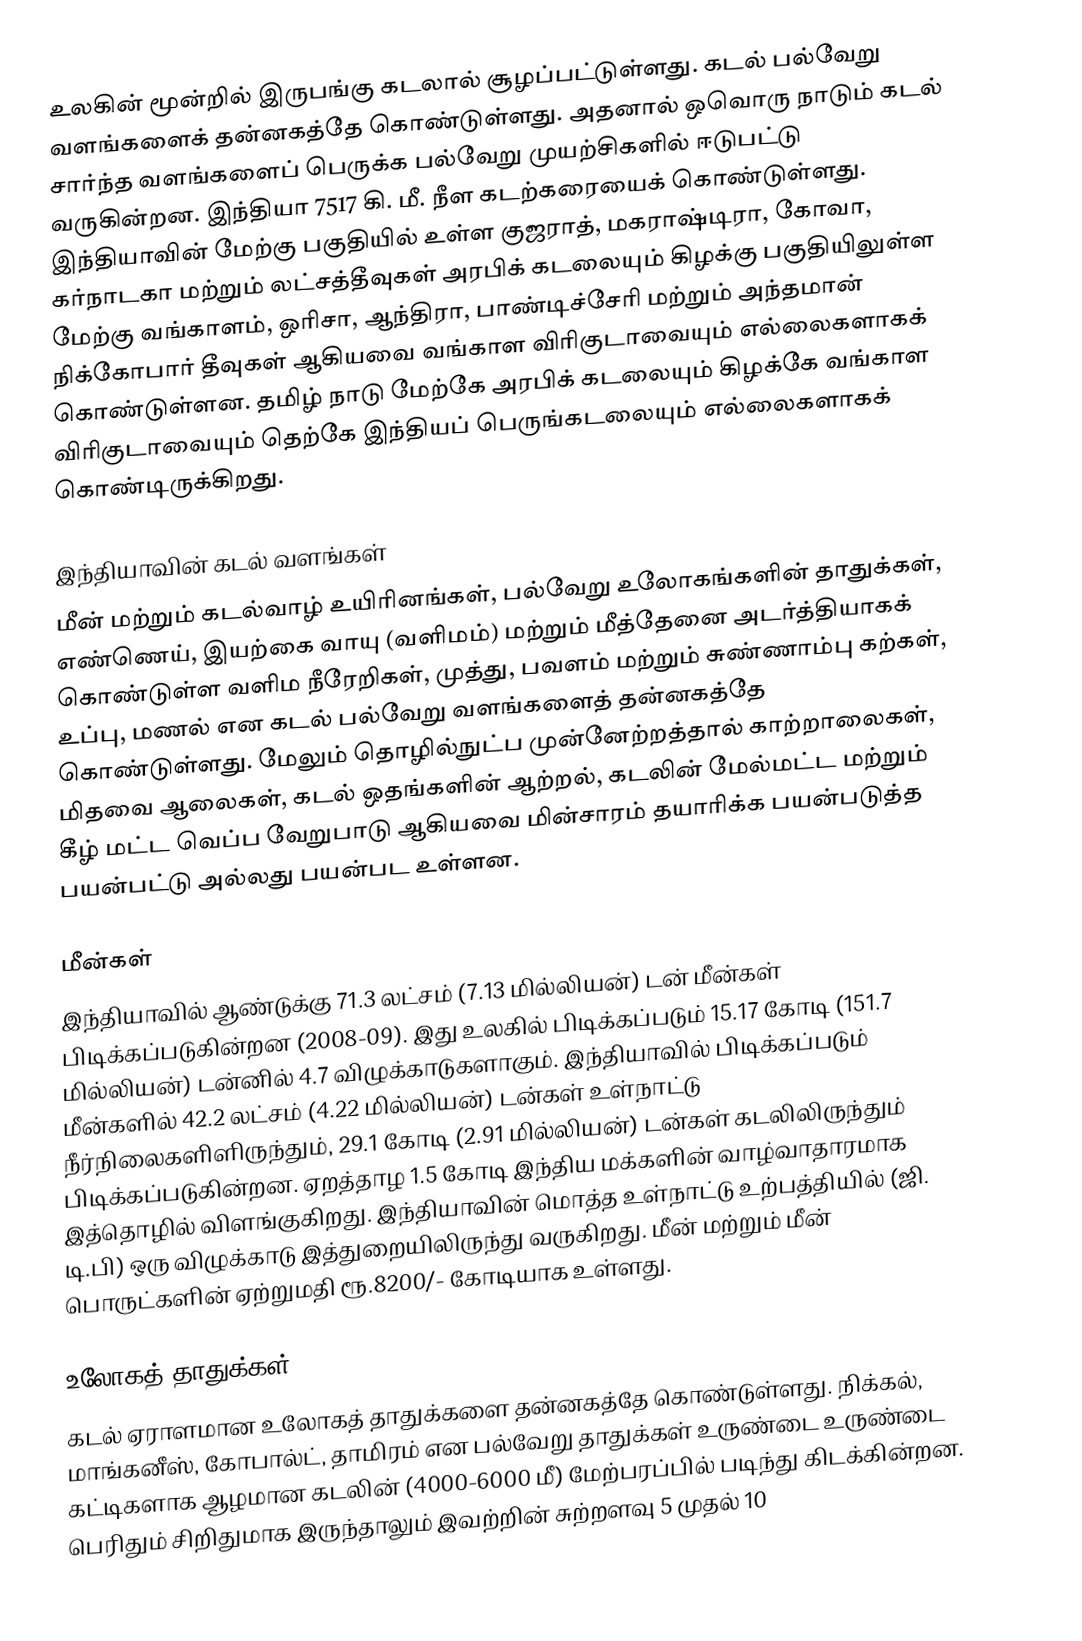
உலகின் மூன்றில் இருபங்கு கடலால் சூழப்பட்டுள்ளது.   கடல் பல்வேறு வளங்களைக் தன்னகத்தே கொண்டுள்ளது.  அதனால் ஒவொரு நாடும் கடல் சார்ந்த வளங்களைப் பெருக்க பல்வேறு முயற்சிகளில் ஈடுபட்டு வருகின்றன.  இந்தியா 7517 கி. மீ. நீள கடற்கரையைக் கொண்டுள்ளது. இந்தியாவின் மேற்கு பகுதியில் உள்ள  குஜராத், மகராஷ்டிரா, கோவா, கர்நாடகா மற்றும் லட்சத்தீவுகள்  அரபிக் கடலையும் கிழக்கு பகுதியிலுள்ள மேற்கு வங்காளம், ஒரிசா, ஆந்திரா, பாண்டிச்சேரி மற்றும் அந்தமான் நிக்கோபார் தீவுகள் ஆகியவை வங்காள விரிகுடாவையும் எல்லைகளாகக் கொண்டுள்ளன. தமிழ் நாடு மேற்கே அரபிக் கடலையும் கிழக்கே வங்காள விரிகுடாவையும் தெற்கே இந்தியப் பெருங்கடலையும் எல்லைகளாகக் கொண்டிருக்கிறது.

இந்தியாவின்  கடல் வளங்கள்
மீன் மற்றும் கடல்வாழ் உயிரினங்கள், பல்வேறு உலோகங்களின் தாதுக்கள், எண்ணெய்,  இயற்கை வாயு (வளிமம்) மற்றும் மீத்தேனை அடர்த்தியாகக் கொண்டுள்ள வளிம நீரேறிகள், முத்து, பவளம் மற்றும் சுண்ணாம்பு கற்கள், உப்பு, மணல் என கடல் பல்வேறு வளங்களைத் தன்னகத்தே கொண்டுள்ளது.  மேலும் தொழில்நுட்ப முன்னேற்றத்தால் காற்றாலைகள், மிதவை ஆலைகள், கடல் ஒதங்களின் ஆற்றல், கடலின் மேல்மட்ட மற்றும் கீழ் மட்ட வெப்ப வேறுபாடு ஆகியவை மின்சாரம் தயாரிக்க பயன்படுத்த பயன்பட்டு அல்லது பயன்பட உள்ளன.

மீன்கள்
இந்தியாவில் ஆண்டுக்கு  71.3 லட்சம் (7.13 மில்லியன்) டன் மீன்கள் பிடிக்கப்படுகின்றன (2008-09). இது உலகில் பிடிக்கப்படும் 15.17 கோடி  (151.7 மில்லியன்) டன்னில் 4.7 விழுக்காடுகளாகும்.   இந்தியாவில் பிடிக்கப்படும் மீன்களில் 42.2 லட்சம்  (4.22 மில்லியன்) டன்கள் உள்நாட்டு நீர்நிலைகளிளிருந்தும், 29.1 கோடி (2.91 மில்லியன்) டன்கள் கடலிலிருந்தும் பிடிக்கப்படுகின்றன. ஏறத்தாழ 1.5 கோடி இந்திய மக்களின் வாழ்வாதாரமாக இத்தொழில் விளங்குகிறது. இந்தியாவின் மொத்த உள்நாட்டு உற்பத்தியில் (ஜி. டி.பி) ஒரு விழுக்காடு இத்துறையிலிருந்து வருகிறது. மீன் மற்றும் மீன் பொருட்களின் ஏற்றுமதி ரூ.8200/- கோடியாக உள்ளது.

உலோகத் தாதுக்கள்
கடல் ஏராளமான உலோகத் தாதுக்களை தன்னகத்தே கொண்டுள்ளது. நிக்கல், மாங்கனீஸ், கோபால்ட், தாமிரம் என பல்வேறு தாதுக்கள் உருண்டை உருண்டை கட்டிகளாக ஆழமான கடலின் (4000-6000 மீ)  மேற்பரப்பில் படிந்து கிடக்கின்றன. பெரிதும் சிறிதுமாக இருந்தாலும் இவற்றின்  சுற்றளவு 5 முதல் 10